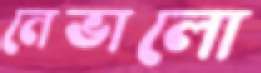
নেভালো